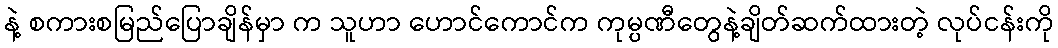
နဲ့ စကားစမြည်ပြောချိန်မှာ က သူဟာ ဟောင်ကောင်က ကုမ္ပဏီတွေနဲ့ချိတ်ဆက်ထားတဲ့ လုပ်ငန်းကို